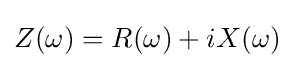
Z(\omega )=R(\omega )+iX(\omega )